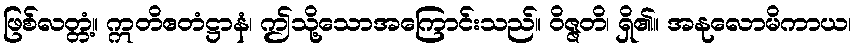
ဖြစ်လတ္တံ့။ ဣတိဧတံဋ္ဌာနံ၊ ဤသို့သောအကြောင်းသည်။ ဝိဇ္ဇတိ၊ ရှိ၏။ အနုလောမိကာယ၊